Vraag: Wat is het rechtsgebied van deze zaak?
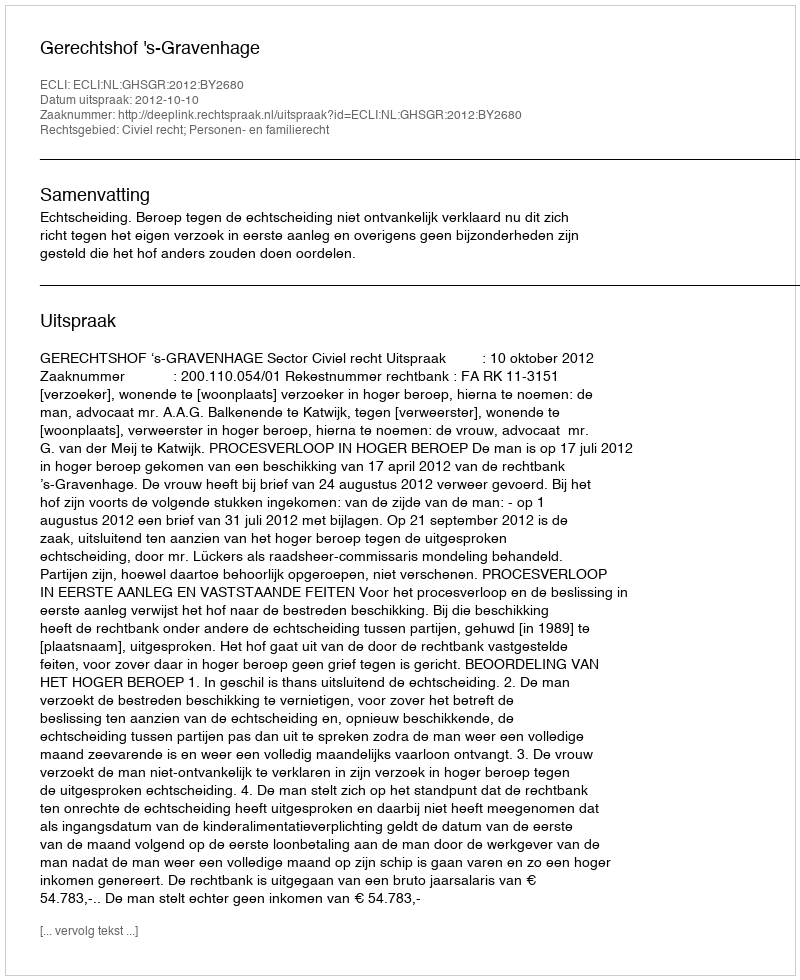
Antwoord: Civiel recht; Personen- en familierecht